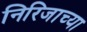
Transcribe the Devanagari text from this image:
निरिजाच्या